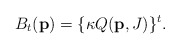
\begin{align*}B_{t}({\bf p}) = \{\kappa Q({\bf p}, J) \}^t.\end{align*}